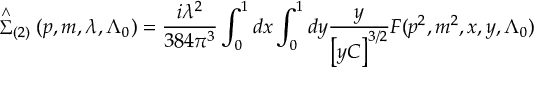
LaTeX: \stackrel { \wedge } { \Sigma } _ { ( 2 ) } ( p , m , \lambda , \Lambda _ { 0 } ) = \frac { i \lambda ^ { 2 } } { 3 8 4 \pi ^ { 3 } } \int _ { 0 } ^ { 1 } d x \int _ { 0 } ^ { 1 } d y \frac y { \left[ y C \right] ^ { 3 / 2 } } F ( p ^ { 2 } , m ^ { 2 } , x , y , \Lambda _ { 0 } )